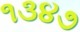
૧૩૪૭